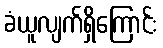
ခံယူလျက်ရှိကြောင်း